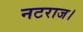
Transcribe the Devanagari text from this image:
नटराज।